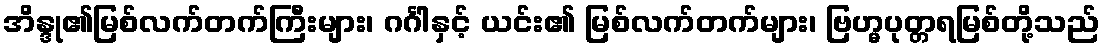
အိန္ဒု၏မြစ်လက်တက်ကြီးများ၊ ဂင်္ဂါနှင့် ယင်း၏ မြစ်လက်တက်များ၊ ဗြဟ္မပုတ္တရမြစ်တို့သည်